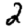
Digit: 2